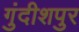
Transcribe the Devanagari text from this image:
गुंदीशपुर